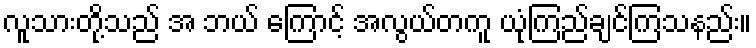
လူသားတို့သည် အ ဘယ် ကြောင့် အလွယ်တကူ ယုံကြည်ချင်ကြသနည်း။